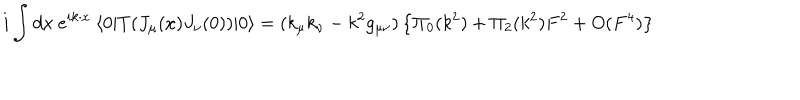
i \int d x ~ e ^ { i k \cdot x } ~ \langle 0 | T ( J _ { \mu } ( x ) J _ { \nu } ( 0 ) ) | 0 \rangle = ( k _ { \mu } k _ { \nu } - k ^ { 2 } g _ { \mu \nu } ) \left\{ \Pi _ { 0 } ( k ^ { 2 } ) + \Pi _ { 2 } ( k ^ { 2 } ) F ^ { 2 } + O ( F ^ { 4 } ) \right\}